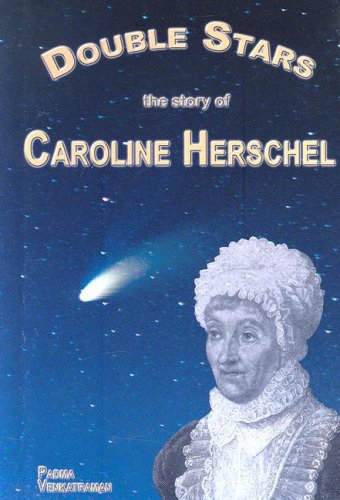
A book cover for Double Stars: The Story of Caroline Herschel (Profiles in Science); Padma Venkatraman; Teen & Young Adult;